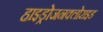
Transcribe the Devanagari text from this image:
हाइड्रोजनक्लोराइड